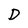
Character: D